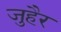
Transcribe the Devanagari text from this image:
जुहैर